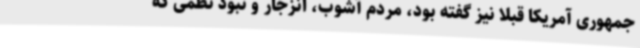
جمهوری آمریکا قبلا نیز گفته بود، مردم آشوب، انزجار و نبود نظمی که